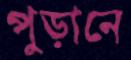
পুড়ানে